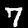
Label: 7